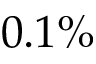
0 . 1 \%